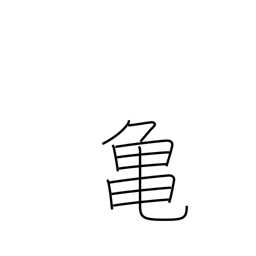
Meaning: tortoise